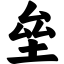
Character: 垒